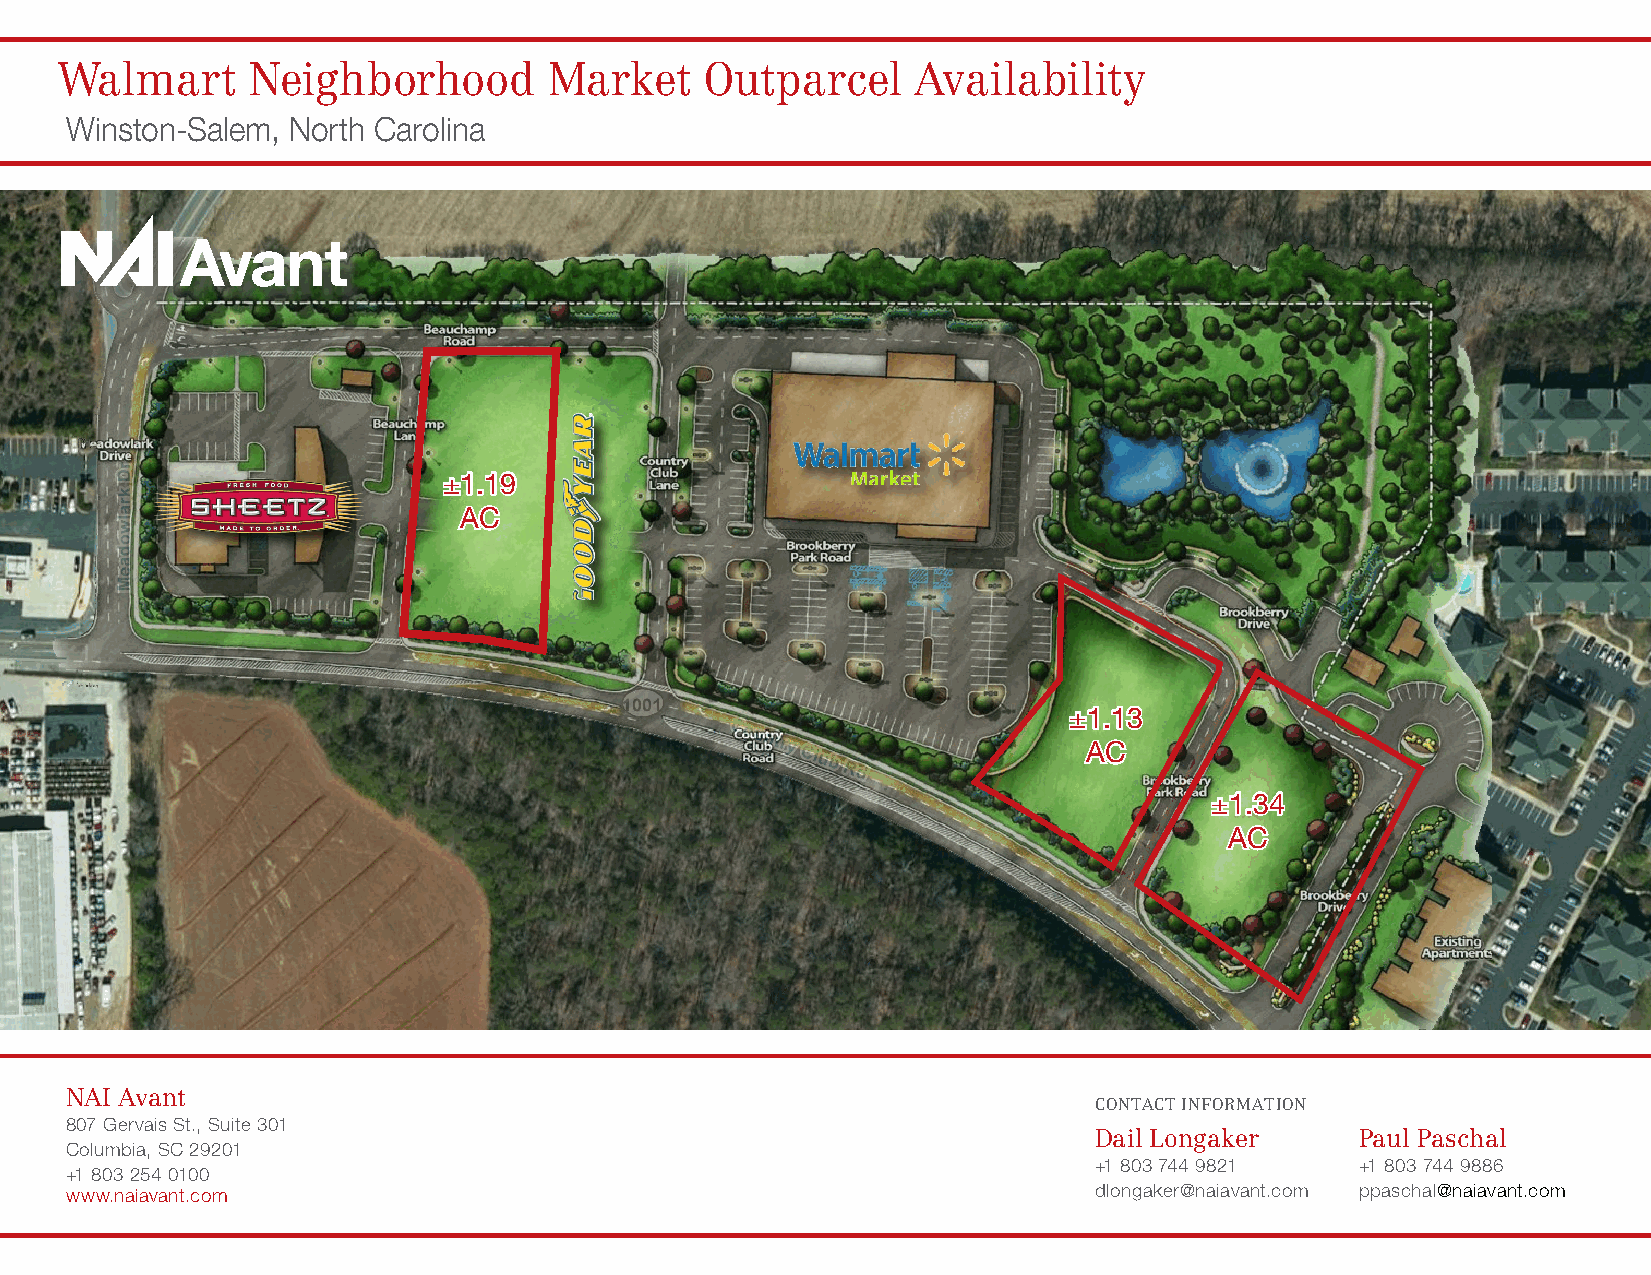
Walmart      Neighborhood       Market     Outparcel    Availability
 Winston-Salem, North Carolina
 ±1.19
 AC
 ±1.13
 AC
 ±1.34
 AC
 NAI Avant
 CONTACT INFORMATION
 807 Gervais St., Suite 301
 Dail Longaker     Paul Paschal
 Columbia, SC 29201
 +1 803 744 9821   +1 803 744 9886
 +1 803 254 0100
 www.naiavant.com                                                    dlongaker@naiavant.com ppaschal@naiavant.com